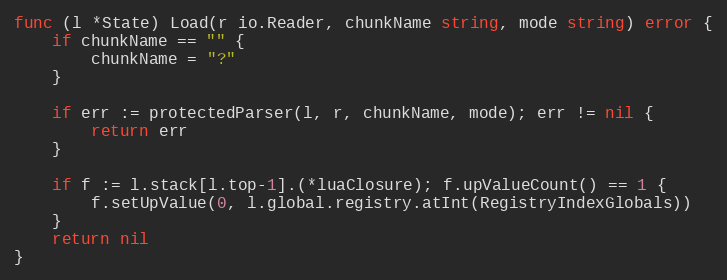
Language: Go
func (l *State) Load(r io.Reader, chunkName string, mode string) error {
	if chunkName == "" {
		chunkName = "?"
	}

	if err := protectedParser(l, r, chunkName, mode); err != nil {
		return err
	}

	if f := l.stack[l.top-1].(*luaClosure); f.upValueCount() == 1 {
		f.setUpValue(0, l.global.registry.atInt(RegistryIndexGlobals))
	}
	return nil
}